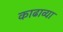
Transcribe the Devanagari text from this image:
काढाव्या